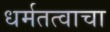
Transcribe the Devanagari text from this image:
धर्मतत्वाचा